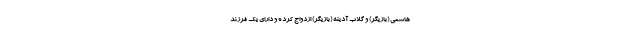
هاشمی (بازیگر) و گلاب آدینه (بازیگر) ازدواج کرده و دارای یک فرزند